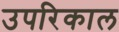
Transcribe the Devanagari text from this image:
उपरिकाल